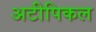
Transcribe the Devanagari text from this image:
अटीपिकल